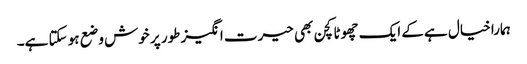
ہمارا خیال ہے کے ایک چھوٹا کچن بھی حیرت انگیز طور پر خوش وضع ہو سکتا ہے۔